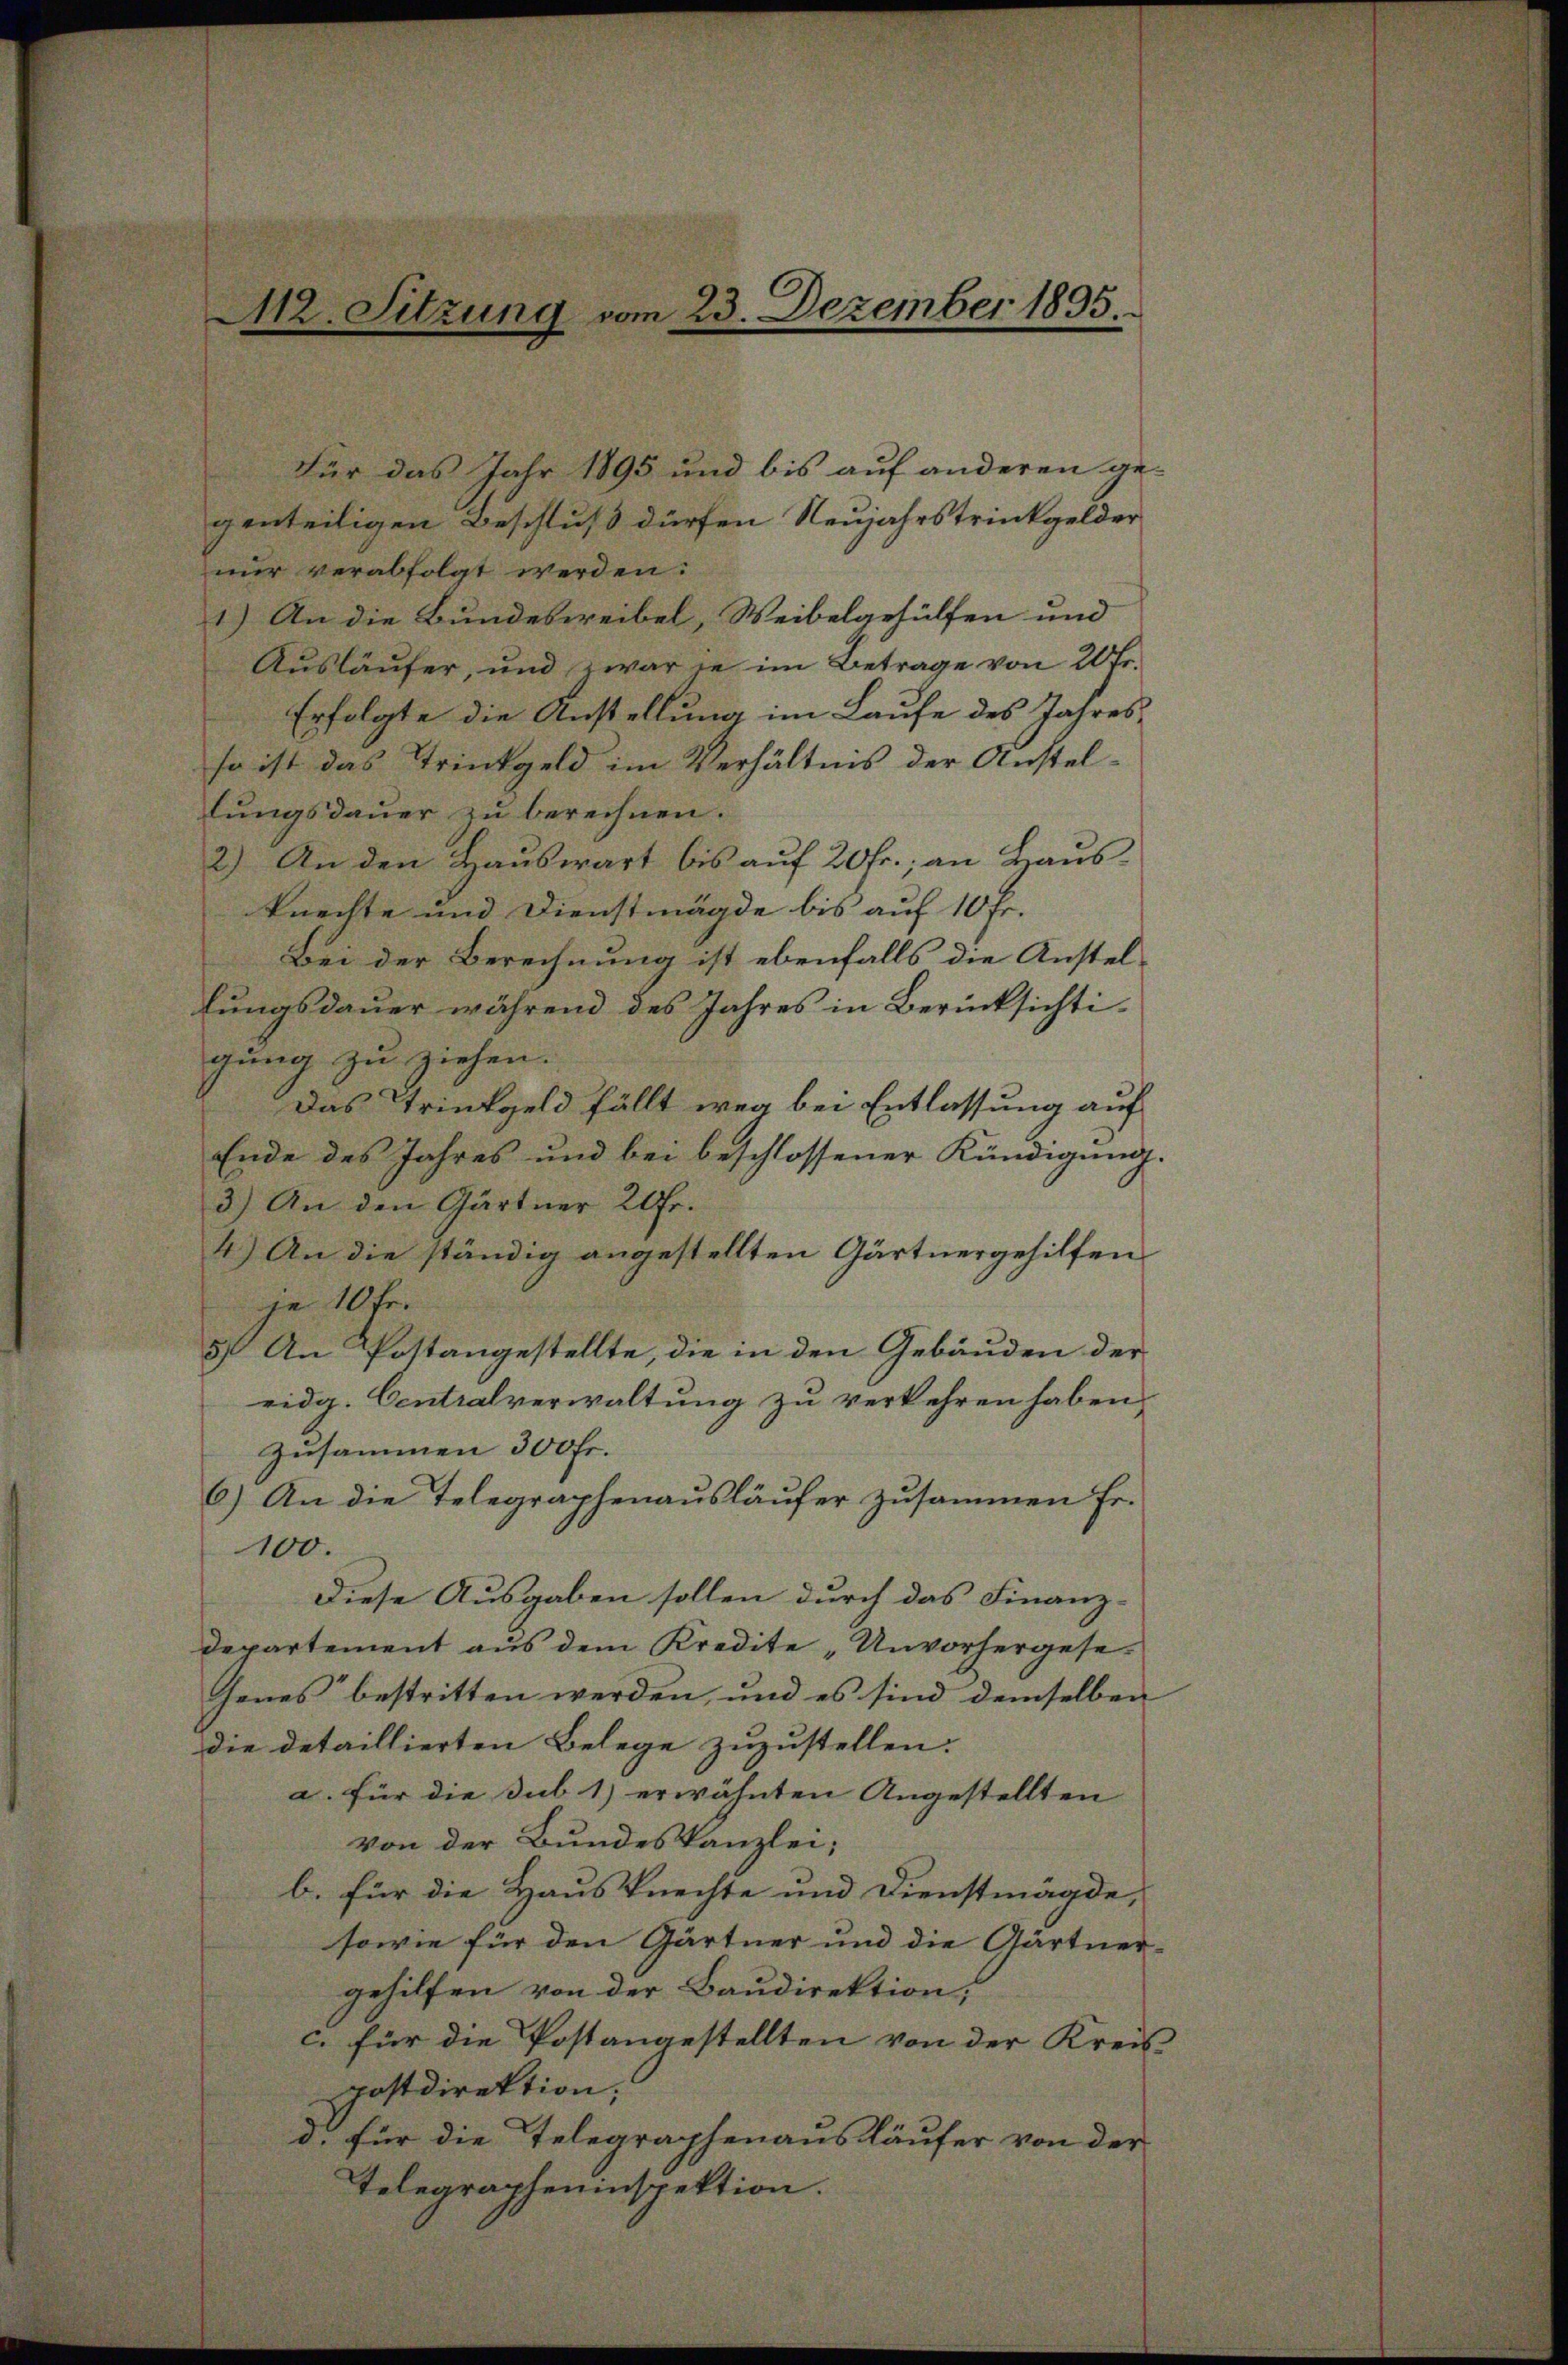
Für das Jahr 1895 und bis auf anderen ge-
genteiligen Beschluß dürfen Neujahrstrinkgelder
nur verabfolgt werden:
1.) An die Bundesweibel, Weibelgehülfen und
Ausläufer, und zwar in im Betrage von 20 Fr.
Erfolgte die Anstellung im Laufe des Jahresso ist das Trinkgeld im Verhältnis der Anstellŭngsdaŭer zŭ berechnen.
2.) An den Hauswart bis auf 20 fr.; an Hausknechte und Dienstmägde bis auf 10 Fr.
Bei der Berechnung ist ebenfalls die Anstel-
lungsdauer während des Jahres in Berücksichtigung zu ziehen.
Das Trinkgeld fällt weg bei Entlassung auf
Ende des Jahres und bei beschlossener Kündigung.
3.) An den Gärtner 20 Fr.
4.) An die ständig angestellten Gärtnergehilfen
je 10 fr.
5) An Postangestellte, die in den Gebäuden der
eidg. Centralverwaltung zu verkehren haben,
zusammen 300fr.
6.) An die Telegraphenausläufer zusammen Fr.
100.
Diese Ausgaben sollen durch das Finanz-
departement aus dem Kredite „Unvorhergesejenes“ bestritten werden, und es sind demselben
die detaillierten Belege zuzustellen.
a. für die Sub 1) erwähnten Angestellten
von der Bundeskanzlei;
b. für die Hausknechte und Dienstmägde,
sowie für den Gärtner und die Gärtner-
gehilfen von der Baudirektion,
c. für die Postangestellten von der Kreis
postdirektion,
d für die Telegraphenausläufer von der
Telegrapheninspektion.

112. Sitzung vom 23. Dezember 1895.